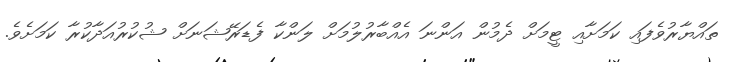
ތައްޔާރުވެފައި ކަމަށާއި ޓީމަށް ދެމުން އަންނަ އެއްބާރުލުމަށް ލަންކާ ފެޑަރޭޝަނަށް ޝުކުރުއަދާކުރާ ކަމަށެވެ.